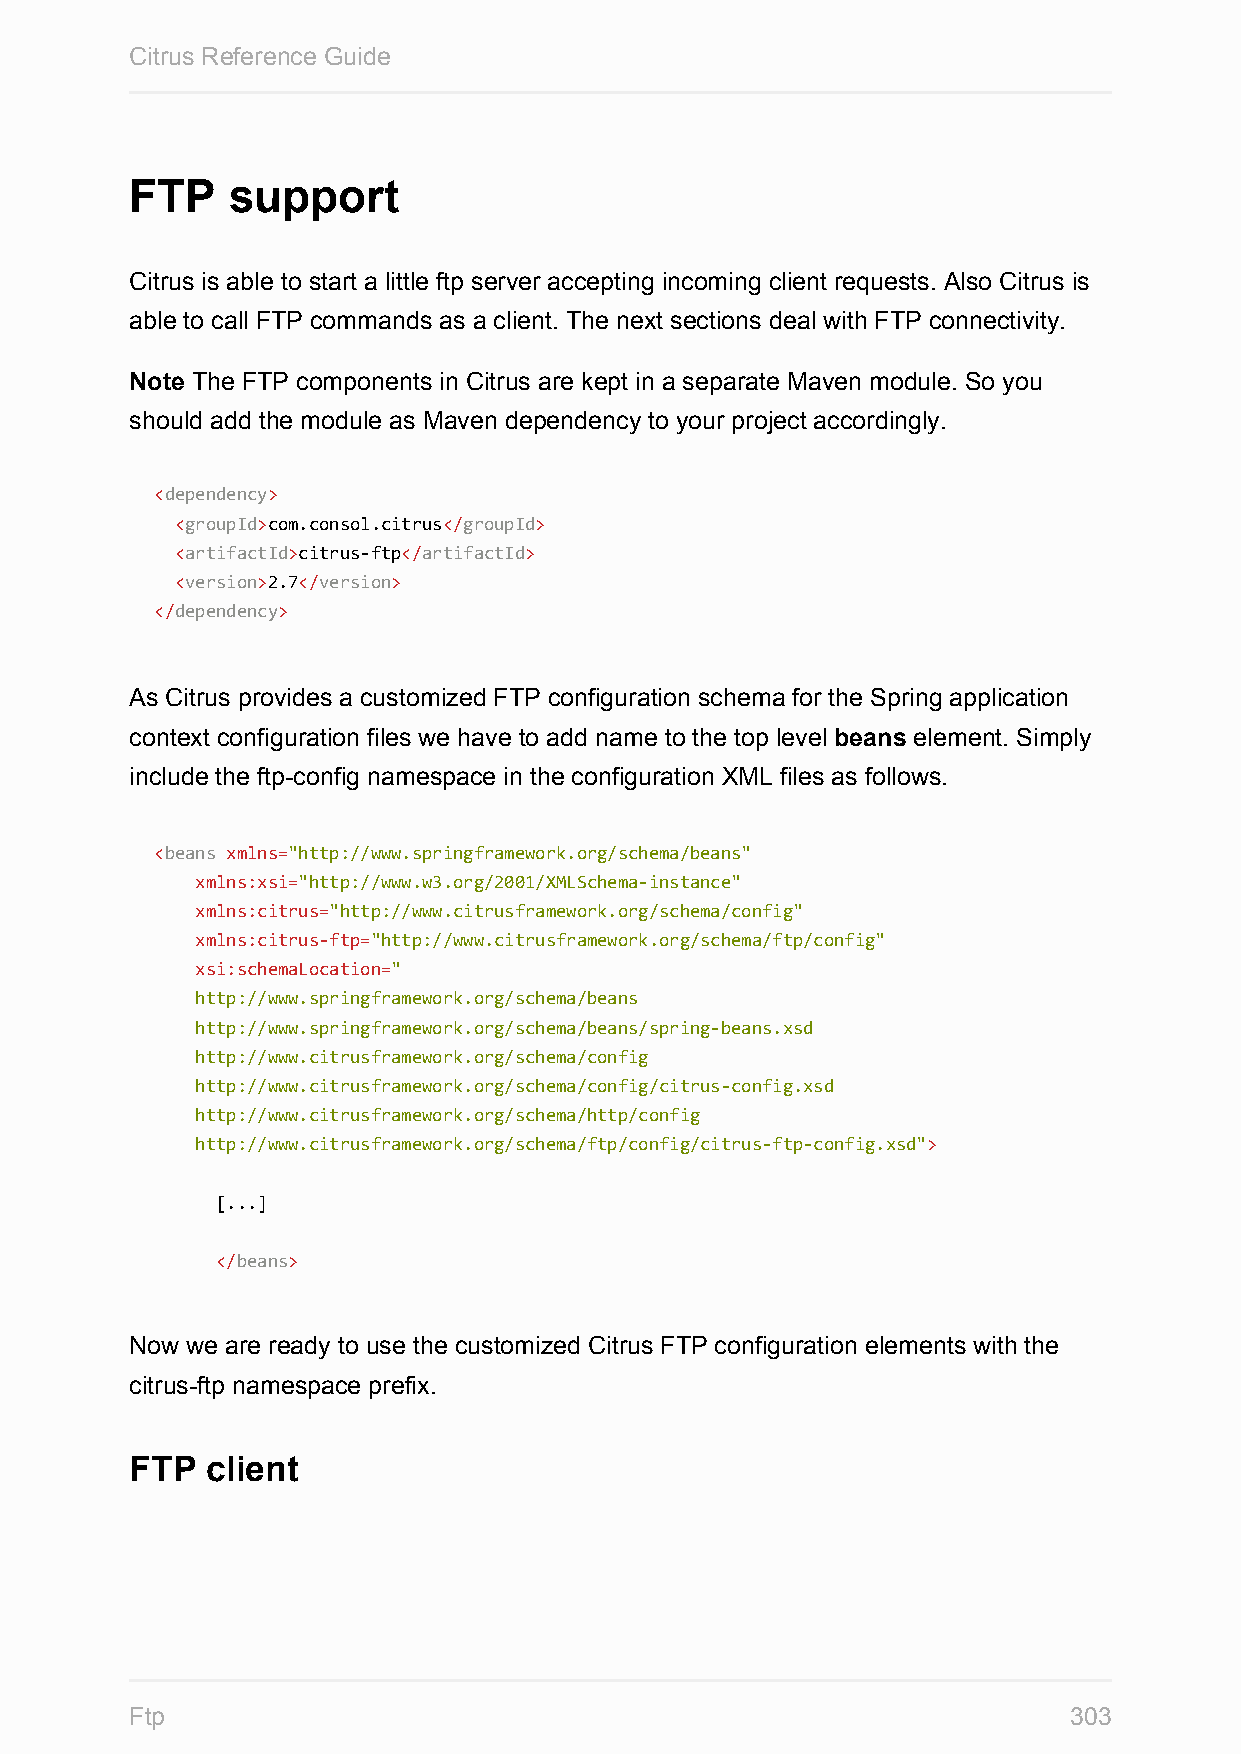
Citrus Reference Guide
 FTP   support
 Citrus is able to start a little ftp server accepting incoming client requests. Also Citrus is
 able to call FTP commands as a client. The next sections deal with FTP connectivity.
 Note The FTP components in Citrus are kept in a separate Maven module. So you
 should add the module as Maven dependency to your project accordingly.
 <dependency>
 <groupId>com.consol.citrus</groupId>
 <artifactId>citrus-ftp</artifactId>
 <version>2.7</version>
 </dependency>
 As Citrus provides a customized FTP configuration schema for the Spring application
 context configuration files we have to add name to the top level beans element. Simply
 include the ftp-config namespace in the configuration XML files as follows.
 <beans xmlns="http://www.springframework.org/schema/beans"
 xmlns:xsi="http://www.w3.org/2001/XMLSchema-instance"
 xmlns:citrus="http://www.citrusframework.org/schema/config"
 xmlns:citrus-ftp="http://www.citrusframework.org/schema/ftp/config"
 xsi:schemaLocation="
 http://www.springframework.org/schema/beans
 http://www.springframework.org/schema/beans/spring-beans.xsd
 http://www.citrusframework.org/schema/config
 http://www.citrusframework.org/schema/config/citrus-config.xsd
 http://www.citrusframework.org/schema/http/config
 http://www.citrusframework.org/schema/ftp/config/citrus-ftp-config.xsd">
 [...]
 </beans>
 Now we are ready to use the customized Citrus FTP configuration elements with the
 citrus-ftp namespace prefix.
 FTP  client
 Ftp                                                           303